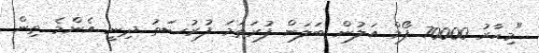
"މިހާރު 70000 ފޯމް އަލުން ބަލަން ފުރަތަމަ ފުރުސަތު ދިނީ އެންމެ ތިން